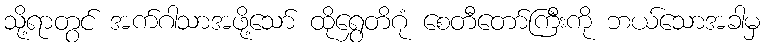
သို့ရာတွင် အက်ဂါသာအဖို့သော် ထိုရွှေတိဂုံ စေတီတော်ကြီးကို ဘယ်သောအခါမှ